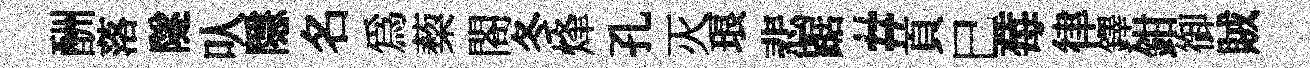
酬落隧㕥隱名爲蔾閤冬烽孔灭琅悲踞#頁巳莓律鐸鉗御賊